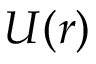
U ( r )